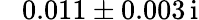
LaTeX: \hphantom{-}0.011\pm 0.003\, \mathrm{i}